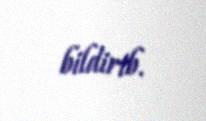
bildirib.